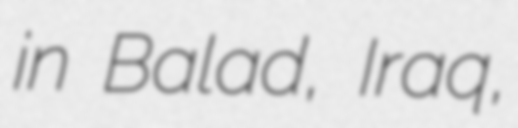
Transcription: in Balad, Iraq,